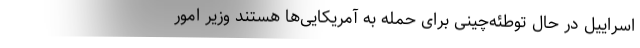
اسراییل در حال توطئه‌چینی برای حمله به آمریکایی‌ها هستند وزیر امور